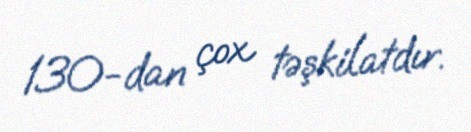
130-dan çox təşkilatdır.